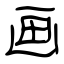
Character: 画